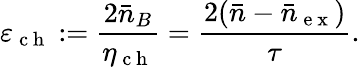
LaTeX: \varepsilon_{\mathrm{~c~h~}}:=\frac{2\bar{n}_{B}}{\eta_{\mathrm{~c~h~}}}=\frac{2(\bar{n}-\bar{n}_{\mathrm{~e~x~}})}{\tau}.